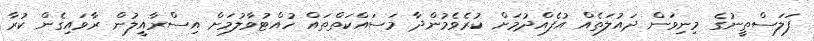
ފަލަސްތީނުގެ މިނިވަން ދައުލަތެއް އުފެއްދުމަށް ކުރެވެމުންދާ މަސައްކަތްތައް ހުއްޓުވާލުމަށް އިސްރާއީލުން ރާވައިގެން ކުރާ